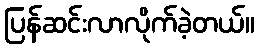
ပြန်ဆင်းလာလိုက်ခဲ့တယ်။